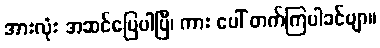
အားလုံး အဆင်ပြေပါပြီ၊ ကား ပေါ် တက်ကြပါခင်ဗျာ။